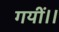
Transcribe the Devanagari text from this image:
गयीं।।